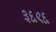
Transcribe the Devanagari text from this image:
३६९६